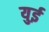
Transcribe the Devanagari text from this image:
युई